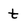
Character: t